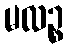
မလဉ္စ